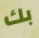
بك